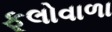
ફૂલોવાળા